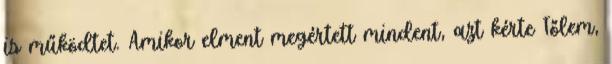
is működtet. Amikor elment megértett mindent, azt kérte Tőlem,